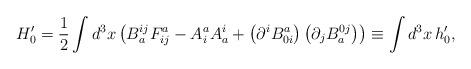
LaTeX: \begin{align*}H_{0}^{\prime }=\frac{1}{2}\int d^{3}x\left(B_{a}^{ij}F_{ij}^{a}-A_{i}^{a}A_{a}^{i}+\left( \partial^{i}B_{0i}^{a}\right) \left( \partial _{j}B_{a}^{0j}\right) \right) \equiv\int d^{3}x\,h_{0}^{\prime }, \end{align*}